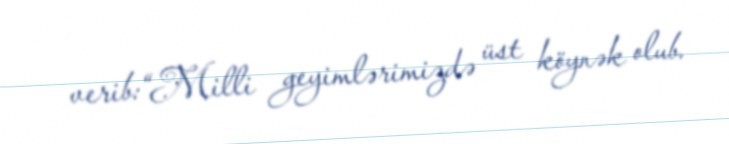
verib:“Milli geyimlərimizdə üst köynək olub.